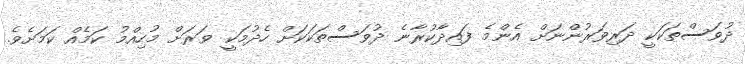
ދުވަސްތަކަކީ ދަރިވަރުންނަށް އެންމެ ފައިދާކުރާނެ ދުވަސްތަކަކަށް ހެދުމަކީ ވަރަށް މުހިއްމު ކަމެއް ކަމަށެވެ.